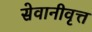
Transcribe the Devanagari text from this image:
सेवानीवृत्त